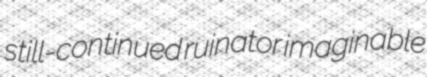
still-continued ruinator imaginable